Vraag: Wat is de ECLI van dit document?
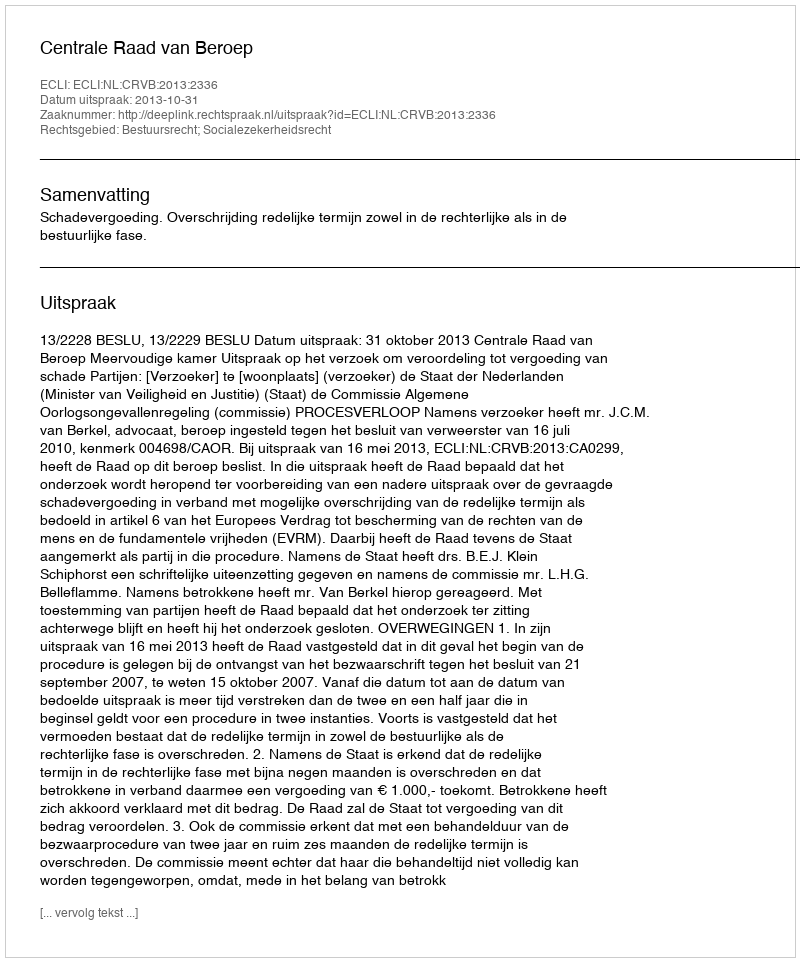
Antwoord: ECLI:NL:CRVB:2013:2336